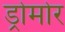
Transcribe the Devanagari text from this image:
ड्रोमोर